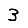
Digit: 3